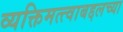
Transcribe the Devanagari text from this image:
व्यक्तिमत्त्वाबद्दलच्या